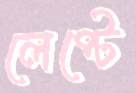
লেপ্‌টে